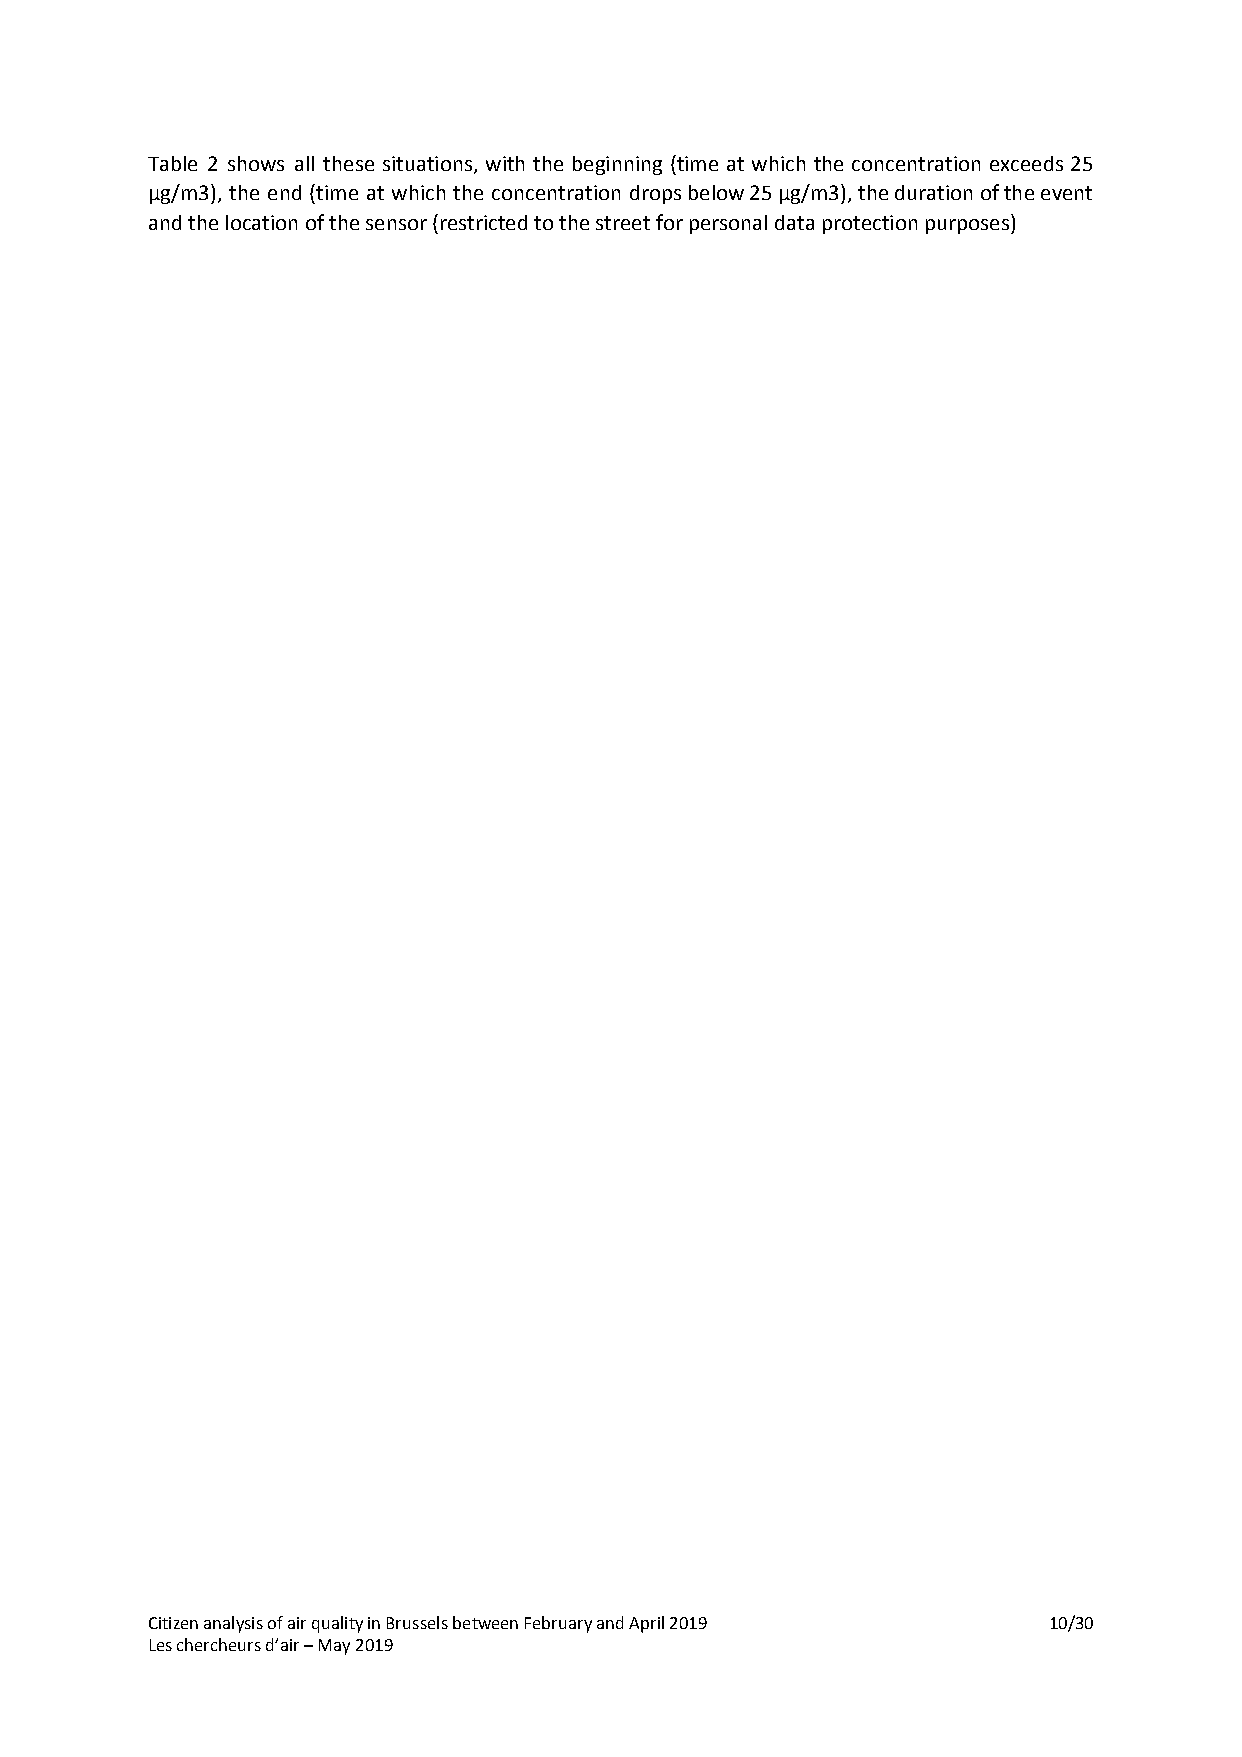
Table 2 shows all these situations, with the beginning (time at which the concentration exceeds 25
 µg/m3), the end (time at which the concentration drops below 25 µg/m3), the duration of the event
 and the location of the sensor (restricted to the street for personal data protection purposes)
 Citizen analysis of air quality in Brussels between February and April 2019 10/30
 Les chercheurs d’air – May 2019